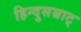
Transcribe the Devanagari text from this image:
हिन्दुसम्राट्